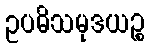
ဥပဓိသမုဒယဉ္စ